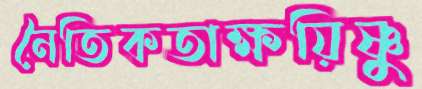
নৈতিকতাক্ষয়িষ্ণু